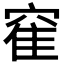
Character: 𫁒